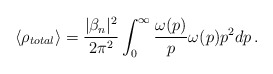
\begin{align*}\langle \rho_{total} \rangle = \frac{|\beta_n|^2}{2 \pi^2 }\int^{\infty}_{0} \frac{\omega(p)}{p} \omega(p) p^2 dp \,.\end{align*}